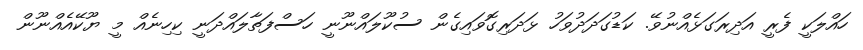
ހައްލަކީ ފެރީ އަދިރަގަޅެއްނުވޭ. ކަޑުގަދަދުވަހު ޅަދަރިގޮވައިގެން ސުކޫލައްނޫނީ ހަސްފަތާލައްދަނީ ކިހިނެއް މީ ޔޫކޭއެއްނޫން